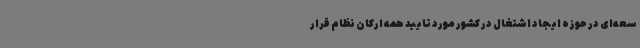
سعه‌ای در حوزه ایجاد اشتغال در کشور مورد تایید همه ارکان نظام قرار